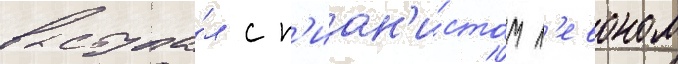
выступа́л с п'иан'и́стом л'евоном